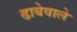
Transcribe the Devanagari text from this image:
ढाबेवाले